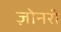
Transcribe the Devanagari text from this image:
ज़ोनरी